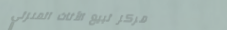
مركز لبيع الأثاث المنزلي